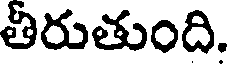
తీరుతుంది.